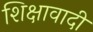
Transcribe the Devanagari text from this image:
शिक्षावादी